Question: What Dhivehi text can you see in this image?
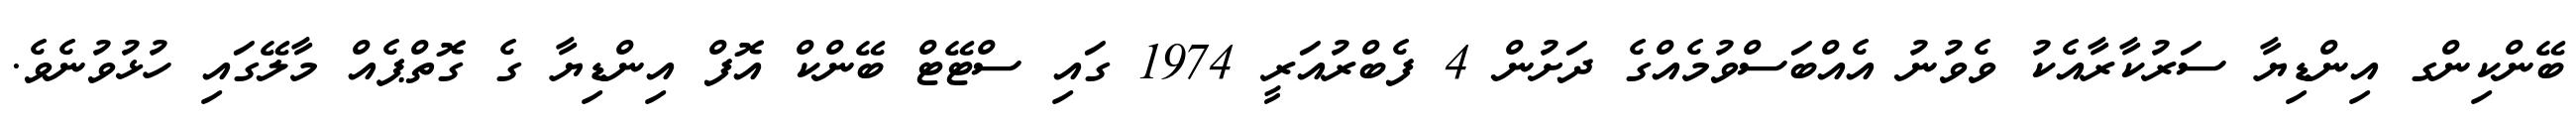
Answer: ބޭންކިންގ އިންޑިޔާ ސަރުކާރާއެކު ވެވުނު އެއްބަސްވުމެއްގެ ދަށުން 4 ފެބްރުއަރީ 1974 ގައި ސްޓޭޓް ބޭންކް އޮފް އިންޑިޔާ ގެ ގޮތްޕެއް މާލޭގައި ހުޅުވުނެވެ.